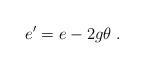
LaTeX: \begin{align*}e^\prime = e - 2g \theta \; .\end{align*}